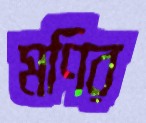
মণির